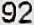
92